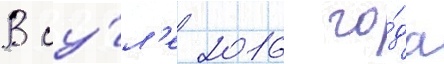
В иу́л'е 2016 го́да